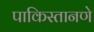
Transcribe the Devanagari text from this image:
पाकिस्तानणे